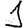
Digit: 1